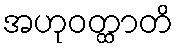
အဟုဝတ္ထာတိ